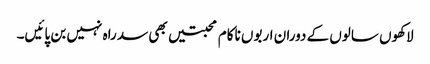
لاکھوں سالوں کے دوران اربوں ناکام محبتیں بھی سد راہ نہیں بن پائیں۔